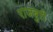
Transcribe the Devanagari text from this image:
राजबुरी